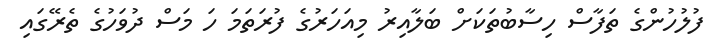
ފުލުހުންގެ ތަފާސް ހިސާބުތަކަށް ބަލާއިރު މިއަހަރުގެ ފުރަތަމަ ހަ މަސް ދުވަހުގެ ތެރޭގައި